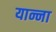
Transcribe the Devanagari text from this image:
यान्ना